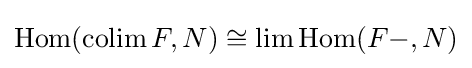
\operatorname {Hom} (\operatorname {colim} F,N)\cong \lim \operatorname {Hom} (F-,N)